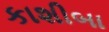
કાશીબા